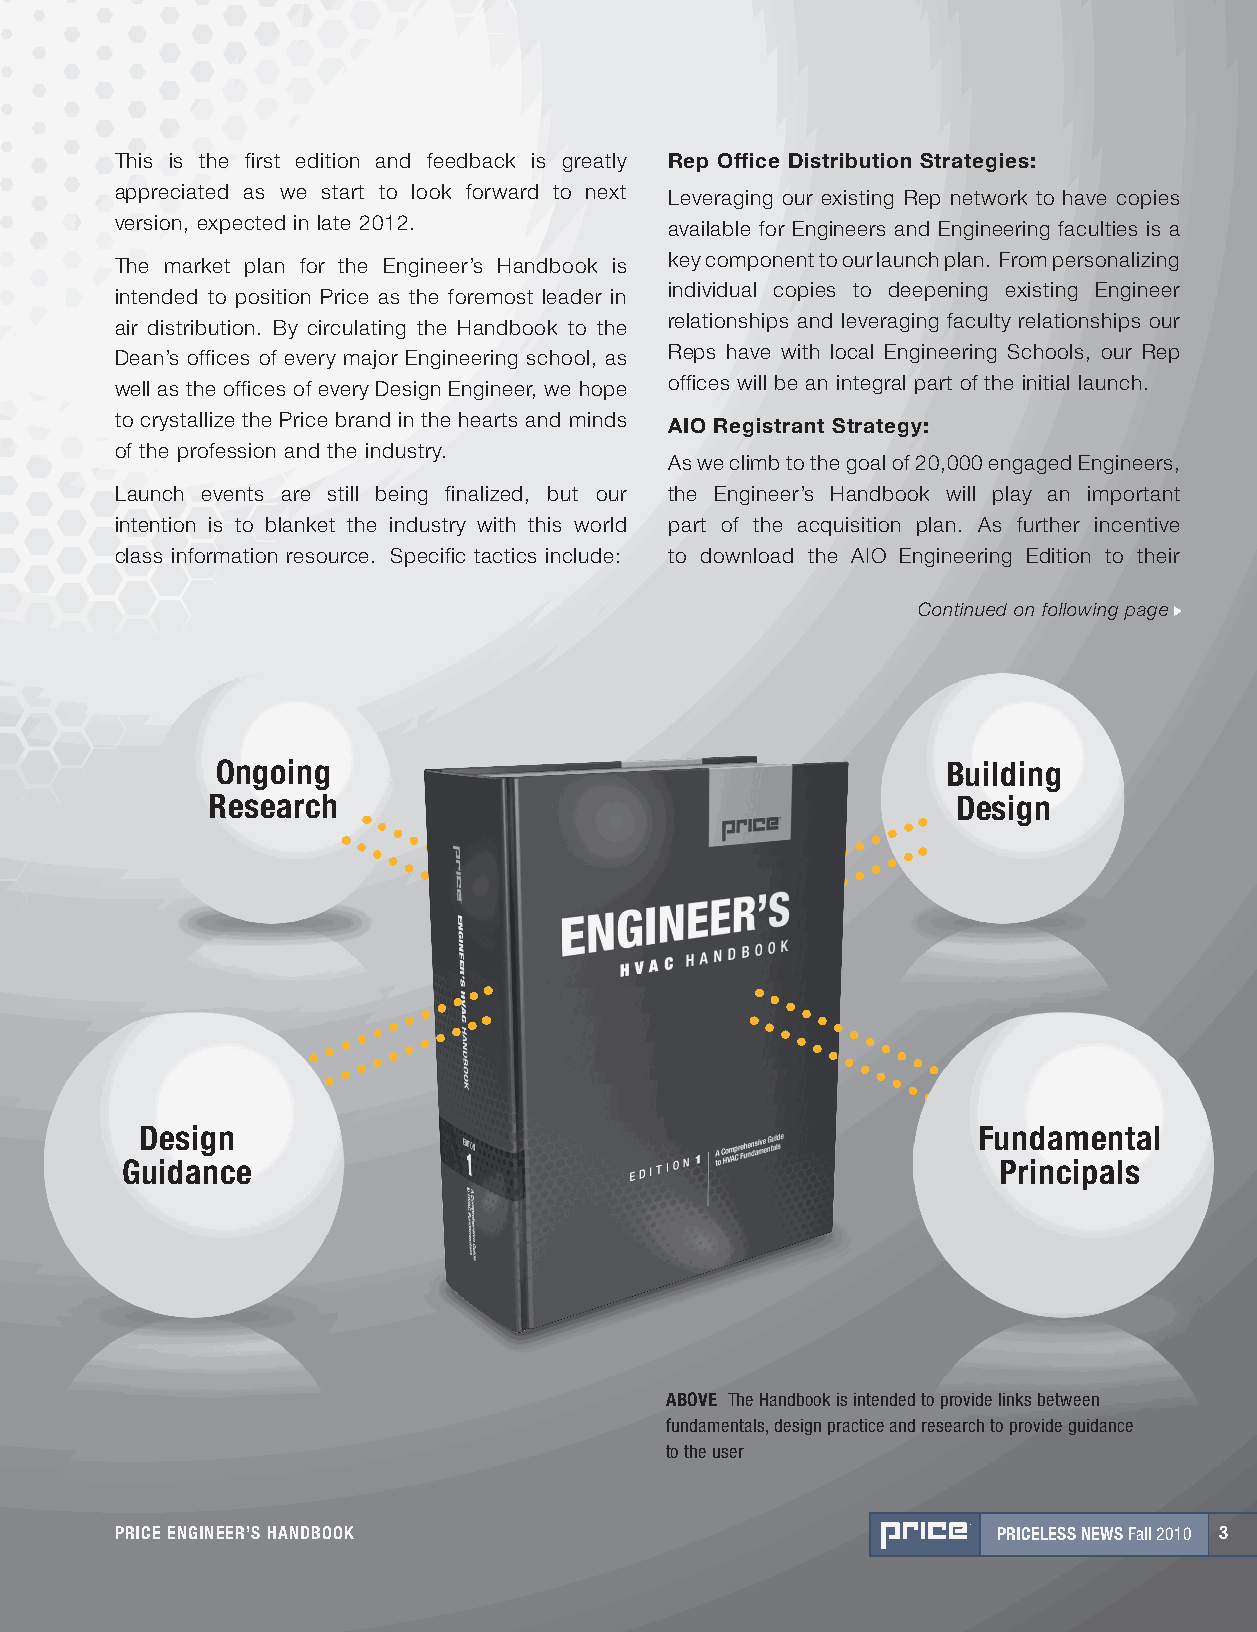
This is the first edition and feedback is greatly Rep office distribution strategies:
 appreciated as we start to look forward to next
 leveraging our existing rep network to have copies
 version, expected in late 2012.
 available for Engineers and Engineering faculties is a
 The market plan for the Engineer’s handbook is key component to our launch plan. From personalizing
 intended to position Price as the foremost leader in individual copies to deepening existing Engineer
 air distribution. by circulating the handbook to the relationships and leveraging faculty relationships our
 Dean’s offices of every major Engineering school, as reps have with local Engineering Schools, our rep
 well as the offices of every Design Engineer, we hope offices will be an integral part of the initial launch.
 to crystallize the Price brand in the hearts and minds
 aio Registrant strategy:
 of the profession and the industry.
 as we climb to the goal of 20,000 engaged Engineers,
 launch events are still being finalized, but our the Engineer’s handbook will play an important
 intention is to blanket the industry with this world part of the acquisition plan. as further incentive
 class information resource. Specific tactics include: to download the aio Engineering Edition to their
 Continued on following page
 ongoing                                          Building
 Research                                         design
 design                                                  Fundamental
 guidance                                                  Principals
 aBovE The Handbook is intended to provide links between
 fundamentals, design practice and research to provide guidance
 to the user
 PRICE EngInEER’S handBook                                 PRICELESS nEWS Fall 2010 3